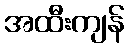
အထီးကျန်